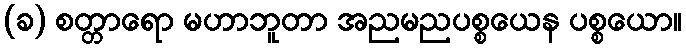
(ခ) စတ္တာရော မဟာဘူတာ အညမညပစ္စယေန ပစ္စယော။